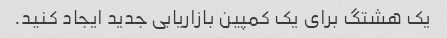
یک هشتگ برای یک کمپین بازاریابی جدید ایجاد کنید.